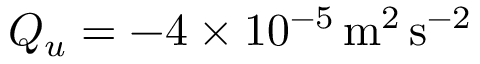
Q _ { u } = - 4 \times 1 0 ^ { - 5 } \, \mathrm { m ^ { 2 } \, s ^ { - 2 } }